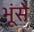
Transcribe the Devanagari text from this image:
भूंसे